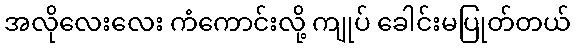
အလိုလေးလေး ကံကောင်းလို့ ကျုပ် ခေါင်းမပြုတ်တယ်